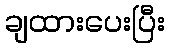
ချထားပေးပြီး